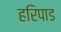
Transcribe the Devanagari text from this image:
हरिपाड